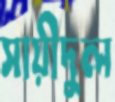
সায়ীদুল